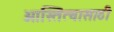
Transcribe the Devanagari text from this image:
आस्तित्वासाठी